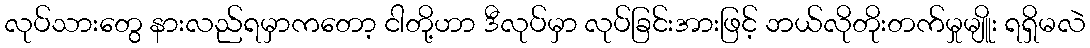
လုပ်သားတွေ နားလည်ရမှာကတော့ ငါတို့ဟာ ဒီလုပ်မှာ လုပ်ခြင်းအားဖြင့် ဘယ်လိုတိုးတက်မှုမျိူး ရရှိမလဲ